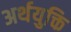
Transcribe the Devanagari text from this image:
अर्थयुक्ति